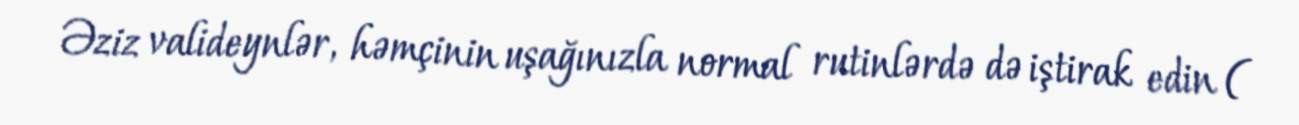
Əziz valideynlər, həmçinin uşağınızla normal rutinlərdə də iştirak edin (